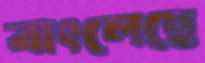
বাৎলেছে